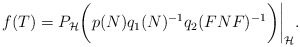
\begin{align*} f(T)=P_\mathcal H \bigg(p(N)q_1(N)^{-1}q_2(FNF)^{-1}\bigg) \bigg|_\mathcal H. \end{align*}